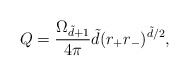
\begin{align*}Q=\frac{\Omega _{\tilde{d}+1}}{4\pi}\tilde{d}(r_+r_-)^{\tilde{d}/2},\end{align*}